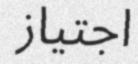
اجتياز